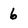
Character: 6